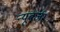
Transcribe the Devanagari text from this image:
न्यूबर्जर